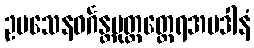
ဥပသေနဝင်္ဂန္တပုတ္တတ္ထေရအပဒါနံ